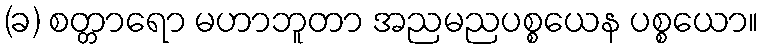
(ခ) စတ္တာရော မဟာဘူတာ အညမညပစ္စယေန ပစ္စယော။